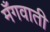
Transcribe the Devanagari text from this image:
मँगवाती